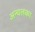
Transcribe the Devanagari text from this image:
अन्चलका